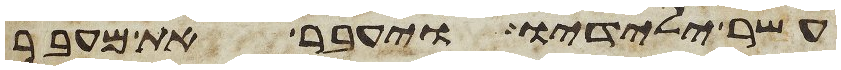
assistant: עשר ילידיו ויעבר את מעבר